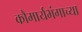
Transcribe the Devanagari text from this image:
कौमार्यभंगाच्या